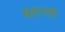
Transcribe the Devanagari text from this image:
बडग्ली